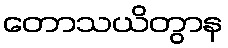
တောသယိတွာန